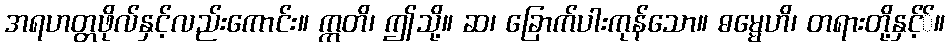
အရဟတ္တဖိုလ်နှင့်လည်းကောင်း။ ဣတိ၊ ဤသို့။ ဆ၊ ခြောက်ပါးကုန်သော။ ဓမ္မေဟိ၊ တရားတို့နှင့််။